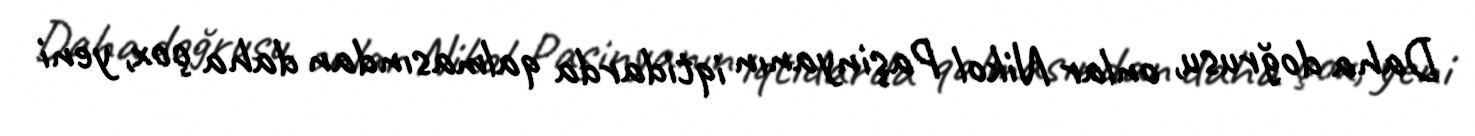
Daha doğrusu, onlar Nikol Paşinyanın iqtidarda qalmasından daha çox, yeni